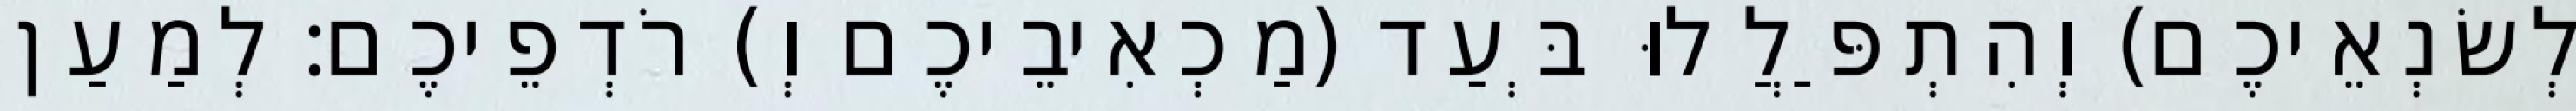
לְשׂנְאֵיכֶם) וְהִתְפַּלֲלוּ בְּעַד (מַכְאִיבֵיכֶם וְ) רֹדְפֵיכֶם׃ לְמַעַן